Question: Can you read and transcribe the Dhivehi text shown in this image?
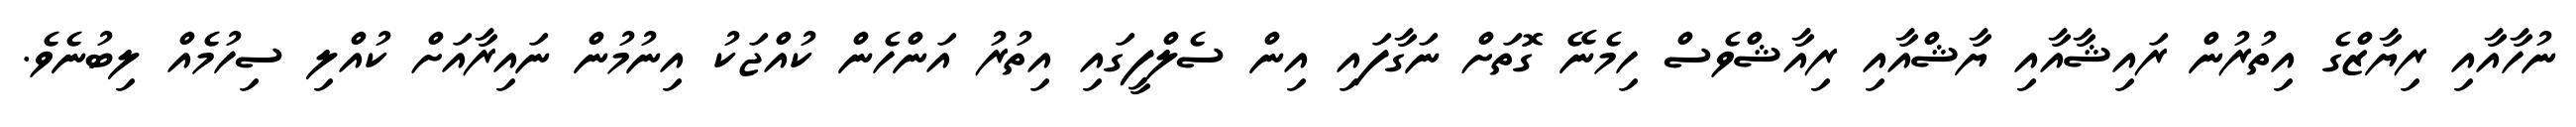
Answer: ނުހާއާއި ރިޔާޒްގެ އިތުރުން ރައިޝާއާއި ޔާޝްއާއި ރިއާޝްވެސް ހިމެނޭ ގޮތަށް ނަގާފައި އިން ސެލްފީގައި އިތުރު އަންހެން ކުއްޖަކު އިނުމުން ނައިރާއަށް ކުއްލި ސިހުމެއް ލިބުނެވެ.